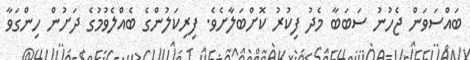
ބައްސަވަން ޖެހުނު ސަބަބާ މެދު ފިކުރު ކޮށްބަލާށެވެ. ފިރިކަލުންގެ ބެއްލެވުމުގެ ދަށުން ހިންގަވާ